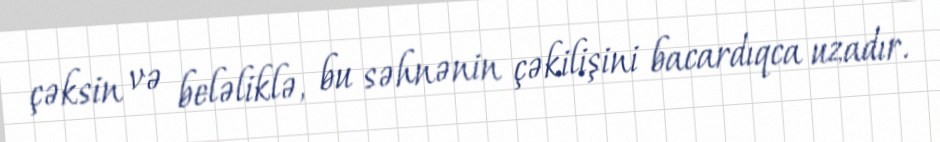
çəksin və beləliklə, bu səhnənin çəkilişini bacardıqca uzadır.